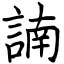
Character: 諵